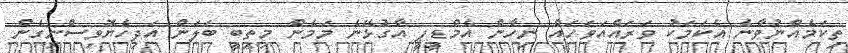
ތިކަމެއްނުވާނެ އެކަމަކު ވަރައްއަވަހައް ނިހާން އެމްޑީޕީ އާގުޅޭނެ މަމެން މިތިބީ ބަލަން އަދިހެޔޮވިސްނިގެން